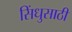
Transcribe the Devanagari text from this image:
सिंधुसाठी